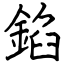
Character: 錎